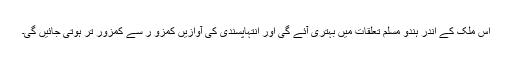
اس ملک کے اندر ہندو مسلم تعلقات میں بہتری آئے گی اور انتہاپسندی کی آوازیں کمزو ر سے کمزور تر ہوتی جائیں گی۔